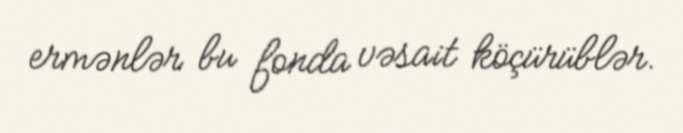
ermənlər bu fonda vəsait köçürüblər.